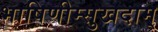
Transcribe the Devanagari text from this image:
भाषिणीम्सुखदाम्